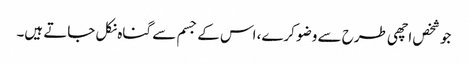
جو شخص اچھی طرح سے وضو کرے، اس کے جسم سے گناہ نکل جاتے ہیں۔